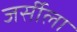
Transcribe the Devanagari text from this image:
जर्सीला